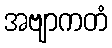
အဗျာကတံ